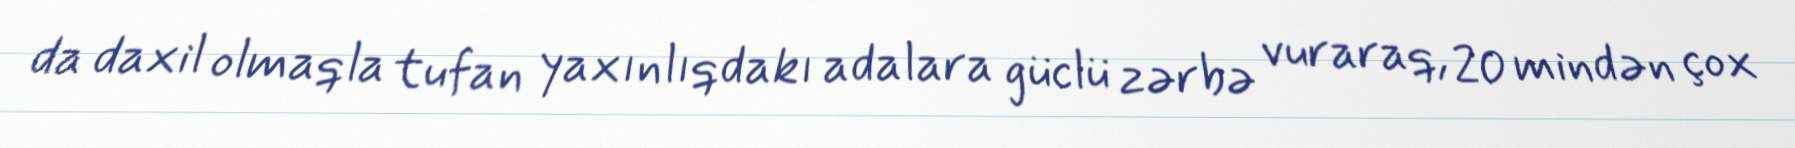
da daxil olmaqla tufan yaxınlıqdakı adalara güclü zərbə vuraraq, 20 mindən çox